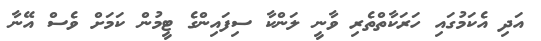
އަދި އެކަމުގައި ހަރަކާތްތެރި ވާނީ ލަންކާ ސިފައިންގެ ޓީމުން ކަމަށް ވެސް އޭނާ